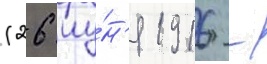
(26 иу́н'я 1916 -